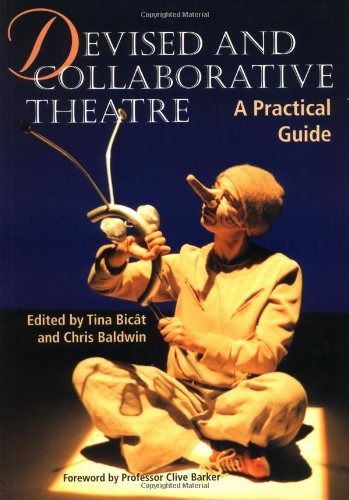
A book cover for Devised and Collaborative Theatre: A Practical Guide; Business & Money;